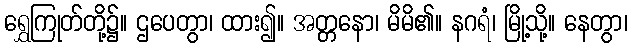
ရွှေကြုတ်တို့၌။ ဌပေတွာ၊ ထား၍။ အတ္တနော၊ မိမိ၏။ နဂရံ၊ မြို့သို့။ နေတွာ၊